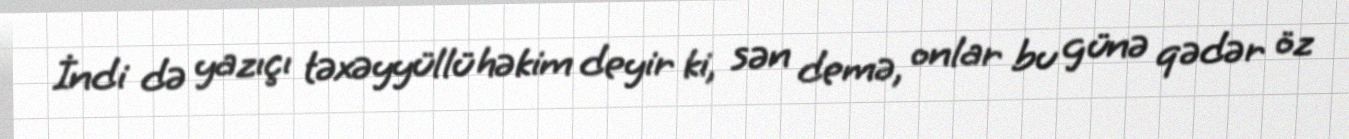
İndi də yazıçı təxəyyüllü həkim deyir ki, sən demə, onlar bu günə qədər öz